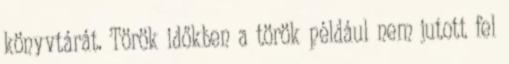
könyvtárát. Török időkben a török például nem jutott fel